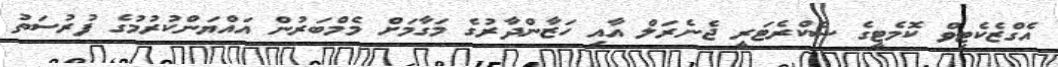
އެގްޒެކެޓިވް ކޮމެޓީގެ ސެކްރެޓަރީ ޖެނެރަލް އާއި ހަޒާންދާރުގެ މަގާމަށް މެމްބަރުން އައްޔަންކުރުމުގެ ފުރުސަތު